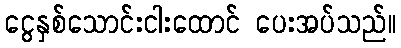
ငွေနှစ်သောင်းငါးထောင် ပေးအပ်သည်။